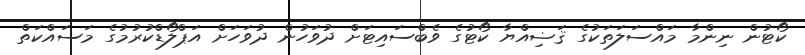
ކޯޓުން ނިންމާ މައްސަލަތަކުގެ ޤަޟިއްޔާ ކޯޓުގެ ވެބްސައިޓަށް ދުވަހުން ދުވަހަށް އަޕްލޯޑްކުރުމުގެ މަސައްކަތް